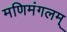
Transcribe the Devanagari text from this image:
मणिमंगलम्